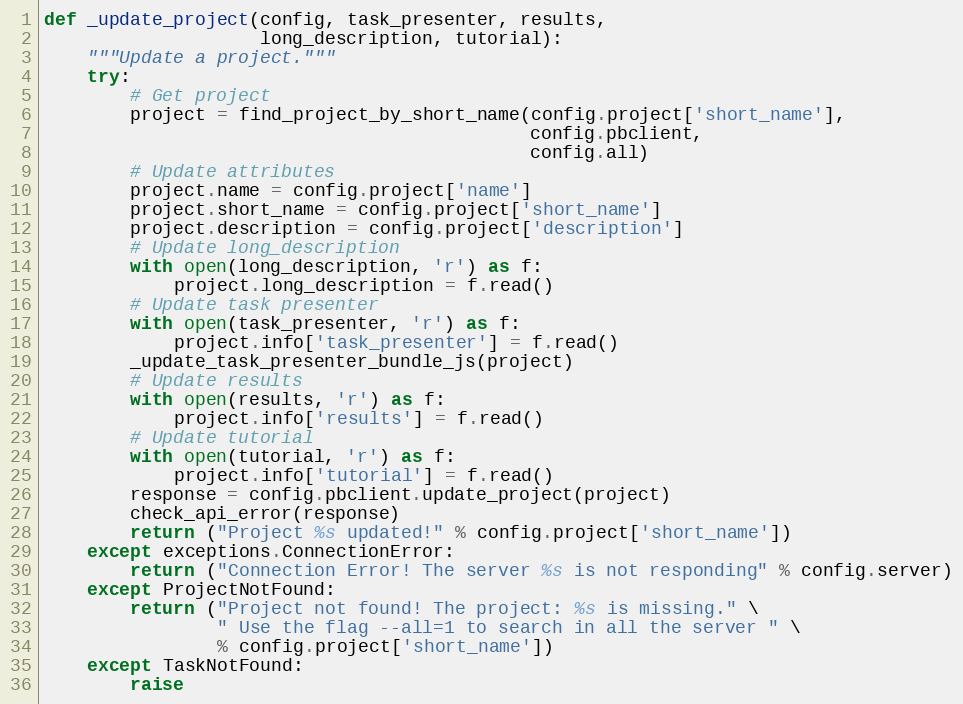
Language: Python
def _update_project(config, task_presenter, results,
                    long_description, tutorial):
    """Update a project."""
    try:
        # Get project
        project = find_project_by_short_name(config.project['short_name'],
                                             config.pbclient,
                                             config.all)
        # Update attributes
        project.name = config.project['name']
        project.short_name = config.project['short_name']
        project.description = config.project['description']
        # Update long_description
        with open(long_description, 'r') as f:
            project.long_description = f.read()
        # Update task presenter
        with open(task_presenter, 'r') as f:
            project.info['task_presenter'] = f.read()
        _update_task_presenter_bundle_js(project)
        # Update results
        with open(results, 'r') as f:
            project.info['results'] = f.read()
        # Update tutorial
        with open(tutorial, 'r') as f:
            project.info['tutorial'] = f.read()
        response = config.pbclient.update_project(project)
        check_api_error(response)
        return ("Project %s updated!" % config.project['short_name'])
    except exceptions.ConnectionError:
        return ("Connection Error! The server %s is not responding" % config.server)
    except ProjectNotFound:
        return ("Project not found! The project: %s is missing." \
                " Use the flag --all=1 to search in all the server " \
                % config.project['short_name'])
    except TaskNotFound:
        raise